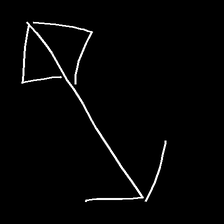
Glyph: focus